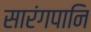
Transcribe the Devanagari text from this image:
सारंगपानि